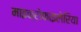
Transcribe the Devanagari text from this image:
माइक्रोफाइलेरिया